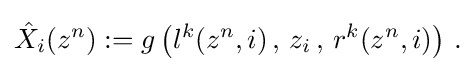
{\begin{aligned}{\hat {X}}_{i}(z^{n}):=g\left(l^{k}(z^{n},i)\,,\,z_{i}\,,\,r^{k}(z^{n},i)\right)\,.\end{aligned}}